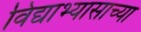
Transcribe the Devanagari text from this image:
विद्याभ्यासाच्या